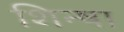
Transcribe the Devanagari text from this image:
शिन्षा